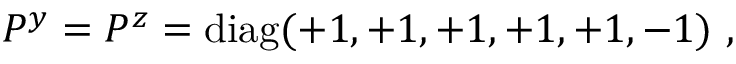
P ^ { y } = P ^ { z } = \mathrm { d i a g } ( + 1 , + 1 , + 1 , + 1 , + 1 , - 1 ) ~ , ~ \,